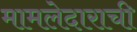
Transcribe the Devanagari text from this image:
मामलेदाराची